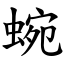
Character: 蜿